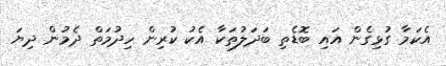
އެކަމާ ގުޅިގެން އައި ބޮޑެތި ބަދަލުތަކާ އެކު ކުރިން ހިދުމަތް ދެމުން ދިޔަ